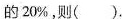
的20%，则( ).